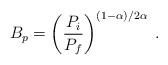
\begin{align*}B_p = \left ( \frac{P_i}{P_f} \right )^{(1-\alpha)/2\alpha} \; .\end{align*}